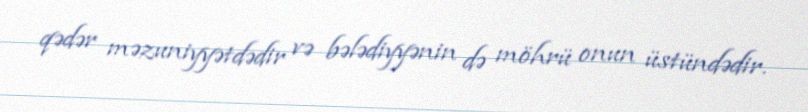
qədər məzuniyyətdədir və bələdiyyənin də möhrü onun üstündədir.